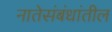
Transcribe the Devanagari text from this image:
नातेसंबंधांतील